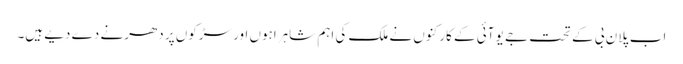
اب پلان بی کے تحت جے یو آئی کے کارکنوں نے ملک کی اہم شاہراہوں اور سڑکوں پر دھرنے دے دیے ہیں۔